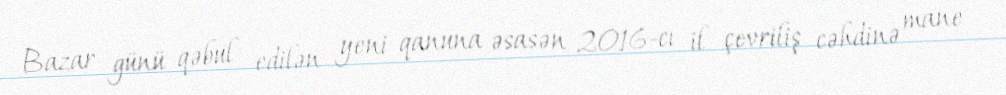
Bazar günü qəbul edilən yeni qanuna əsasən 2016-cı il çevriliş cəhdinə mane